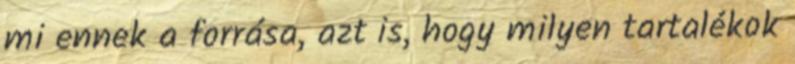
mi ennek a forrása, azt is, hogy milyen tartalékok